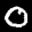
Label: 0